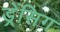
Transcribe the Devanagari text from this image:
ड्रेंसिग